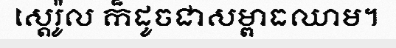
ស្តេរ៉ូល ក៏ដូចជាសម្ពាធឈាម។